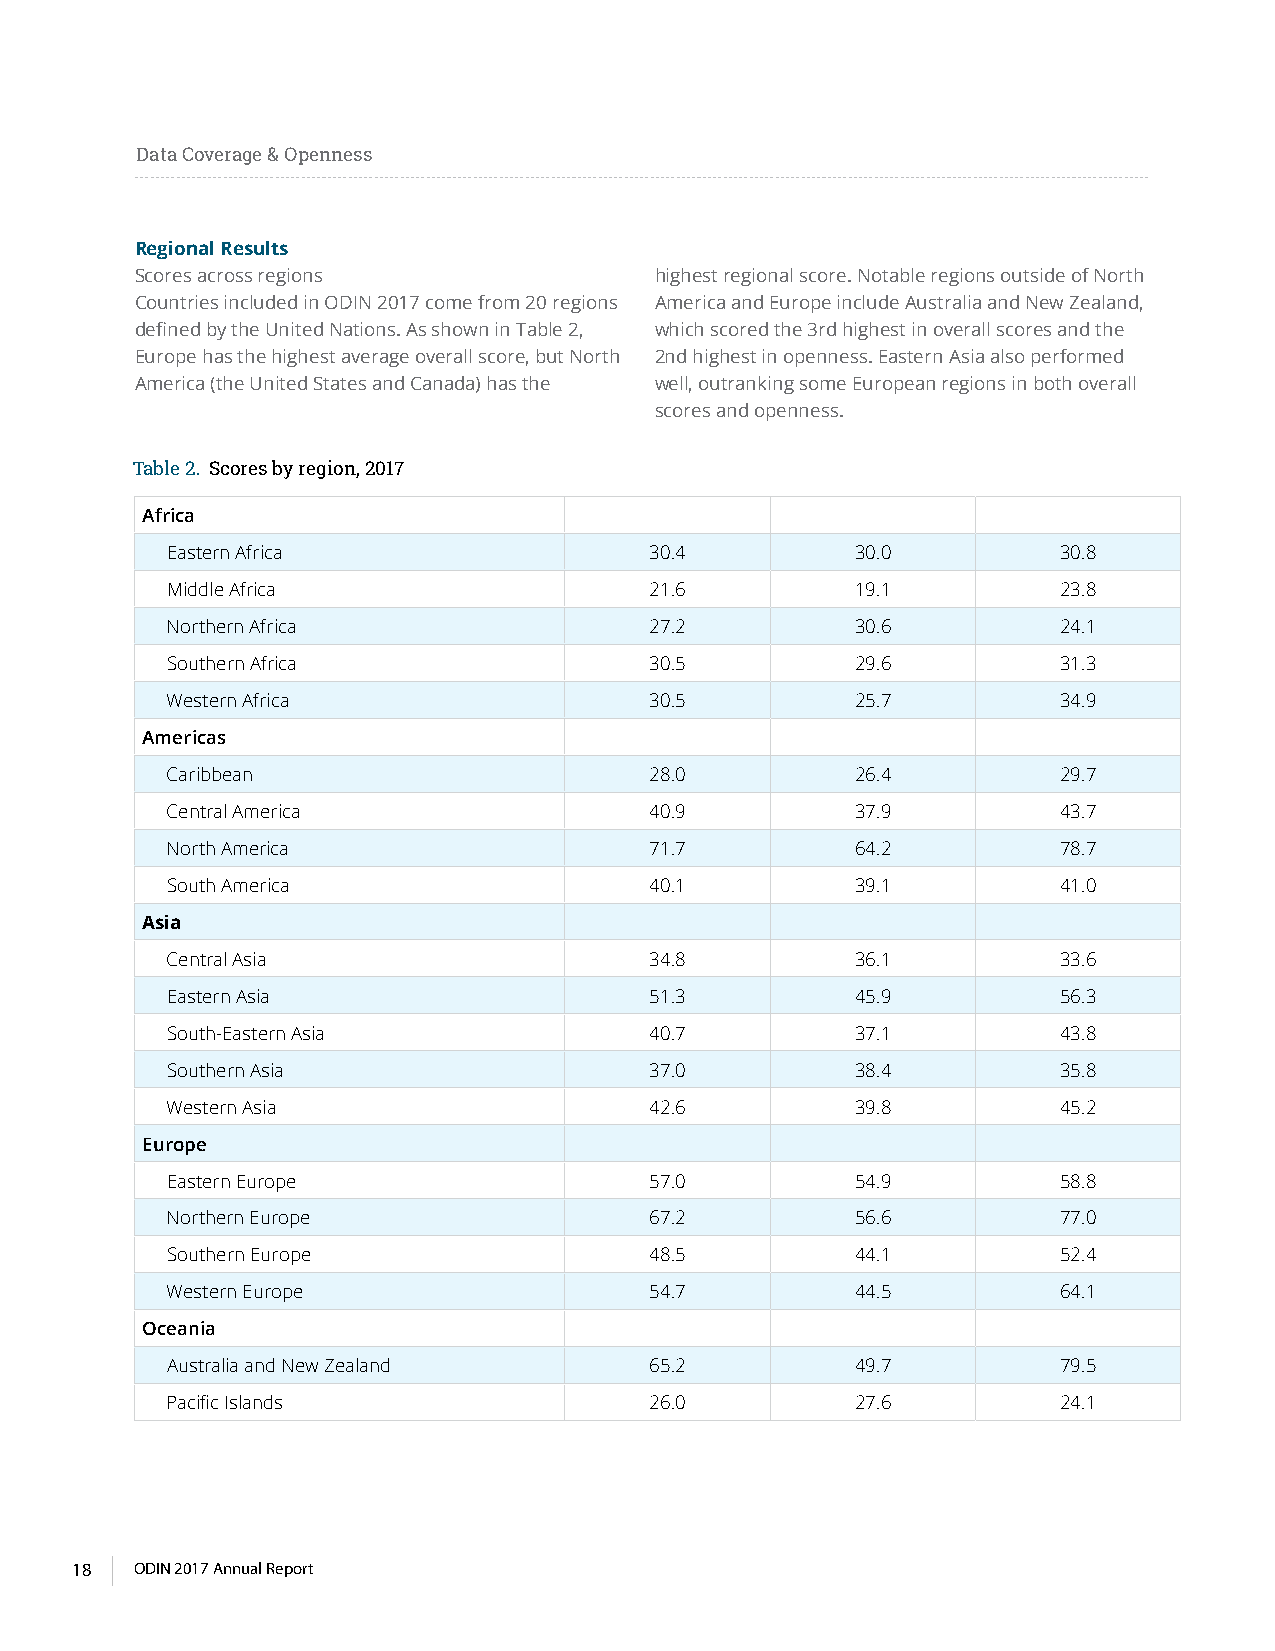
Data Coverage & Openness
 Regional Results
 Scores across regions             highest regional score. Notable regions outside of North
 Countries included in ODIN 2017 come from 20 regions America and Europe include Australia and New Zealand,
 defined by the United Nations. As shown in Table 2, which scored the 3rd highest in overall scores and the
 Europe has the highest average overall score, but North 2nd highest in openness. Eastern Asia also performed
 America (the United States and Canada) has the well, outranking some European regions in both overall
 scores and openness.
 Table 2. Scores by region, 2017
 Africa
 Eastern Africa                  30.4          30.0         30.8
 Middle Africa                   21.6          19.1         23.8
 Northern Africa                 27.2          30.6         24.1
 Southern Africa                 30.5          29.6         31.3
 Western Africa                  30.5          25.7         34.9
 Americas
 Caribbean                       28.0          26.4         29.7
 Central America                 40.9          37.9         43.7
 North America                   71.7          64.2         78.7
 South America                   40.1          39.1         41.0
 Asia
 Central Asia                    34.8          36.1         33.6
 Eastern Asia                    51.3          45.9         56.3
 South-Eastern Asia              40.7          37.1         43.8
 Southern Asia                   37.0          38.4         35.8
 Western Asia                    42.6          39.8         45.2
 Europe
 Eastern Europe                  57.0          54.9         58.8
 Northern Europe                 67.2          56.6         77.0
 Southern Europe                 48.5          44.1         52.4
 Western Europe                  54.7          44.5         64.1
 Oceania
 Australia and New Zealand       65.2          49.7         79.5
 Pacific Islands                 26.0          27.6         24.1
 18  ODIN 2017 Annual Report